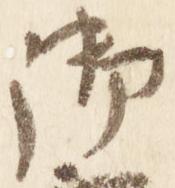
御